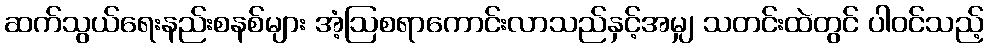
ဆက်သွယ်ရေးနည်းစနစ်များ အံ့ဩစရာကောင်းလာသည်နှင့်အမျှ သတင်းထဲတွင် ပါဝင်သည့်